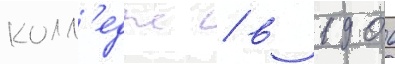
колл'едж / в 1906